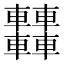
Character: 𨏿